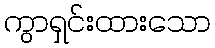
ကွာရှင်းထားသော